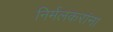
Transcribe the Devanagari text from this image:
निर्मलकरांना